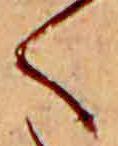
く